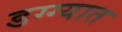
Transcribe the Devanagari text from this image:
डग्ग्यात